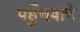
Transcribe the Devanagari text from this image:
पहुँचवाने